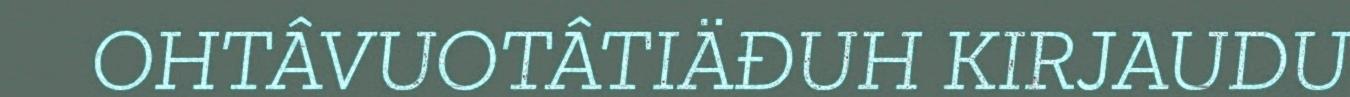
OHTÂVUOTÂTIÄĐUH KIRJAUDU